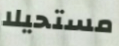
مستحيلا